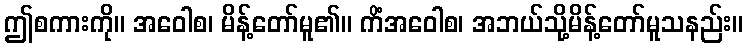
ဤစကားကို။ အဝေါစ၊ မိန့်တော်မူ၏။ ကိံအဝေါစ၊ အဘယ်သို့မိန့်တော်မူသနည်း။